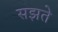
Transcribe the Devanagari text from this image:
सझते